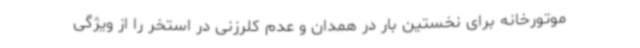
موتورخانه برای نخستین بار در همدان و عدم کلرزنی در استخر را از ویژگی